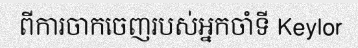
ពីការចាកចេញរបស់អ្នកចាំទី Keylor